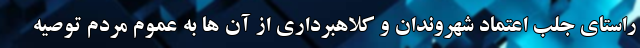
راستای جلب اعتماد شهروندان و کلاهبرداری از آن ها به عموم مردم توصیه